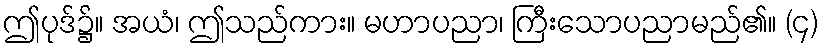
ဤပုဒ်၌။ အယံ၊ ဤသည်ကား။ မဟာပညာ၊ ကြီးသောပညာမည်၏။ (၄)